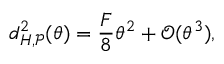
d _ { H , \mathcal { P } } ^ { 2 } ( \theta ) = \frac { F } { 8 } \theta ^ { 2 } + \mathcal { O } ( \theta ^ { 3 } ) ,